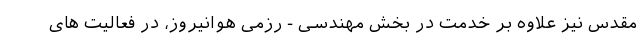
مقدس نیز علاوه بر خدمت در بخش مهندسی - رزمی هوانیروز، در فعالیت های